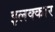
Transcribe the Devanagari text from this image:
इलक्कार